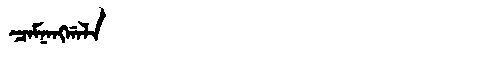
Manchu: ᠴᠠᠮᠨᠠᠩᡤᠠᠯᠠ
Romanization: CAMNANGGALA